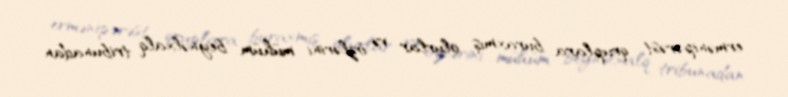
ermənipərəst qruplara buraxmış olurlar və özlərini mühüm beynəlxalq tribunadan